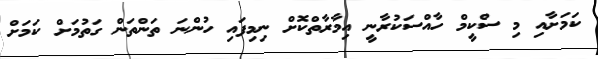
ކަމަށާއި މި ސްކީމް ހާއްސަކުރާނީ އިމާރާތްކޮށް ނިމިފައި ހުންނަ ތަންތަން ގަތުމަށް ކަމަށް